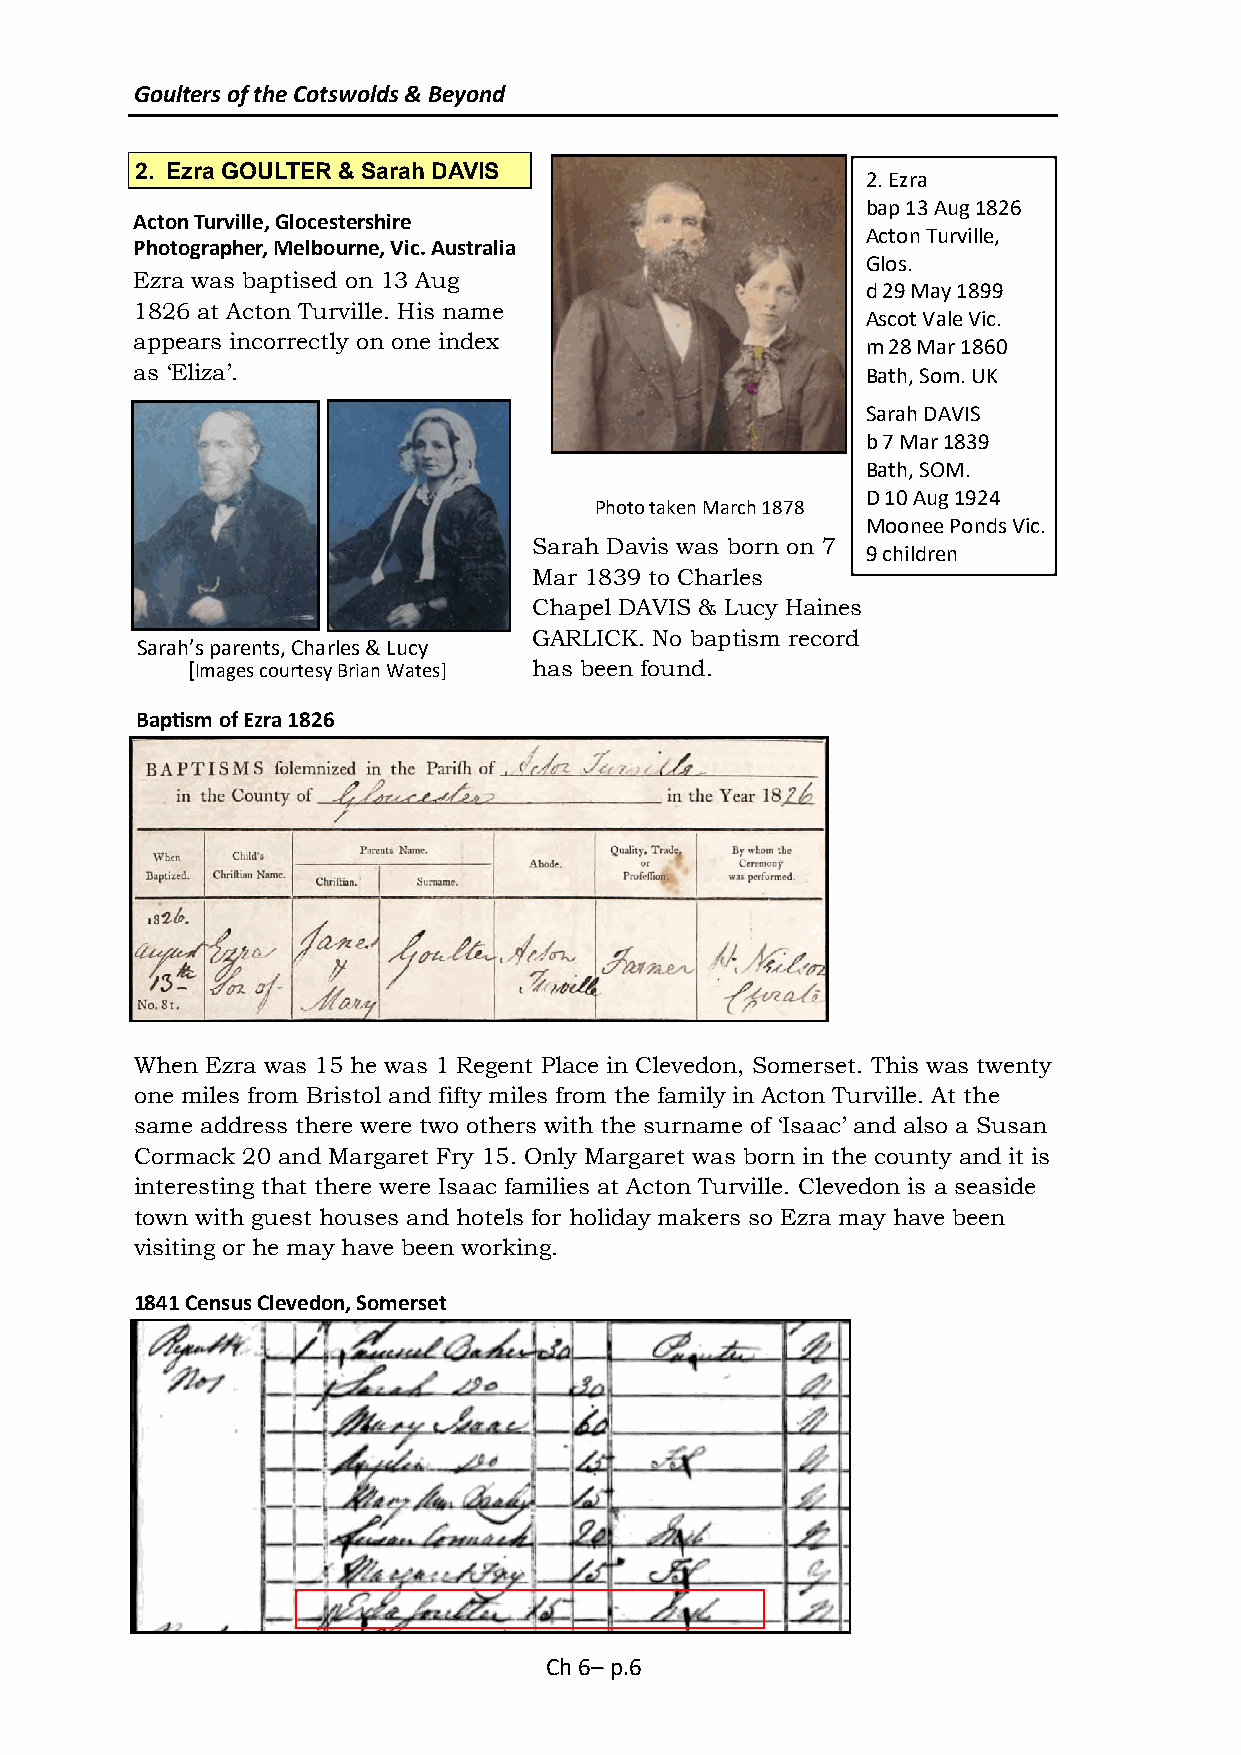
Goulters of the Cotswolds & Beyond
 2. Ezra GOULTER & Sarah DAVIS
 2. Ezra
 bap 13 Aug 1826
 Acton Turville, Glocestershire
 Acton Turville,
 Photographer, Melbourne, Vic. Australia
 Glos.
 Ezra was baptised on 13 Aug
 d 29 May 1899
 1826 at Acton Turville. His name
 Ascot Vale Vic.
 appears incorrectly on one index                m 28 Mar 1860
 as ‘Eliza’.                                     Bath, Som. UK
 Sarah DAVIS
 b 7 Mar 1839
 Bath, SOM.
 D 10 Aug 1924
 Photo taken March 1878
 Moonee Ponds Vic.
 Sarah Davis was born on 7
 9 children
 Mar 1839 to Charles
 Chapel DAVIS & Lucy Haines
 GARLICK. No baptism record
 Sarah’s parents, Charles & Lucy
 [Images courtesy Brian Wates] has been found.
 Baptism of Ezra 1826
 When Ezra was 15 he was 1 Regent Place in Clevedon, Somerset. This was twenty
 one miles from Bristol and fifty miles from the family in Acton Turville. At the
 same address there were two others with the surname of ‘Isaac’ and also a Susan
 Cormack 20 and Margaret Fry 15. Only Margaret was born in the county and it is
 interesting that there were Isaac families at Acton Turville. Clevedon is a seaside
 town with guest houses and hotels for holiday makers so Ezra may have been
 visiting or he may have been working.
 1841 Census Clevedon, Somerset
 Ch 6– p.6